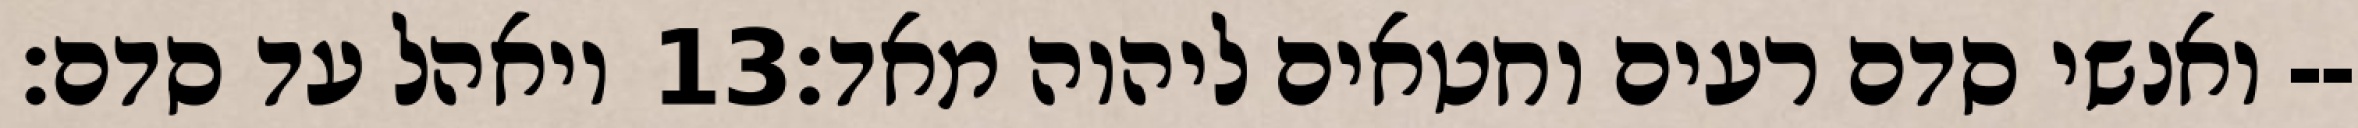
ויאהל עד סדם׃ ‎13‏ ואנשי סדם רעים וחטאים ליהוה מאד׃--